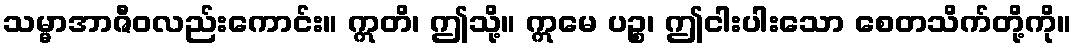
သမ္မာအာဇီဝလည်းကောင်း။ ဣတိ၊ ဤသို့။ ဣမေ ပဉ္စ၊ ဤငါးပါးသော စေတသိက်တို့ကို။